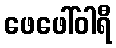
ဖေဖေါ်ဝါရီ